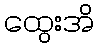
ထွေးအိ